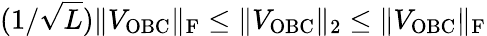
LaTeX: (1/\sqrt{L})\| V_{\mathrm{OBC}}\| _{\mathrm{F}}\leq\| V_{\mathrm{OBC}}\| _{2}\leq\| V_{\mathrm{OBC}}\| _{\mathrm{F}}